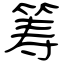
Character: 筹